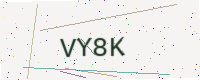
Text: VY8K